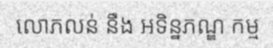
លោភលន់ នឹង អទិន្នភណ្ឌ កម្ម